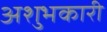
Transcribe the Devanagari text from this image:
अशुभकारी